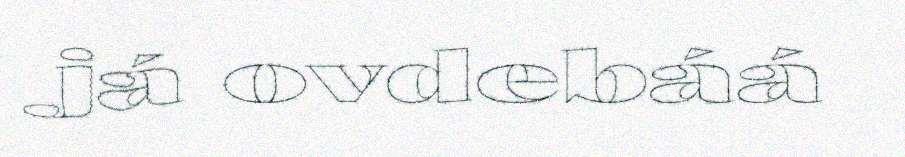
já ovdebáá